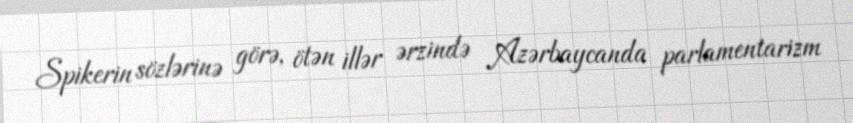
Spikerin sözlərinə görə, ötən illər ərzində Azərbaycanda parlamentarizm